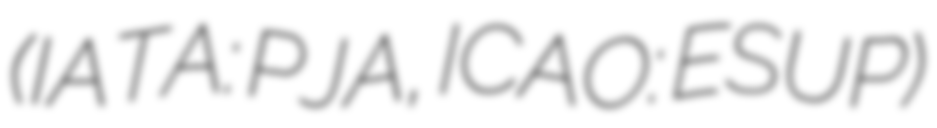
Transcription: (IATA: PJA, ICAO: ESUP)